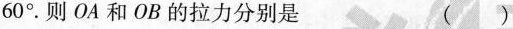
60°。则OA和OB的拉力分别是 ()